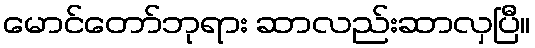
မောင်တော်ဘုရား ဆာလည်းဆာလှပြီ။